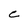
Character: C